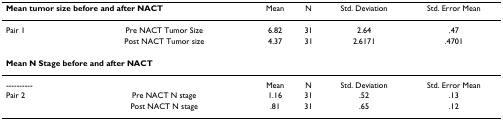
| <COLSPAN=2> Mean tumor size before and after NACT | Mean | N | Std. Deviation | Std. Error Mean |
 | --- | --- | --- | --- | --- | --- |
 | Pair 1 | Pre NACT Tumor Size | 6.82 | 31 | 2.64 | .47 |
 |  | Post NACT Tumor size | 4.37 | 31 | 2.6171 | .4701 |
 | <COLSPAN=6> Mean N Stage before and after NACT |
 | ---------- |  | Mean | N | Std. Deviation | Std. Error Mean |
 | Pair 2 | Pre NACT N stage | 1.16 | 31 | .52 | .13 |
 |  | Post NACT N stage | .81 | 31 | .65 | .12 |